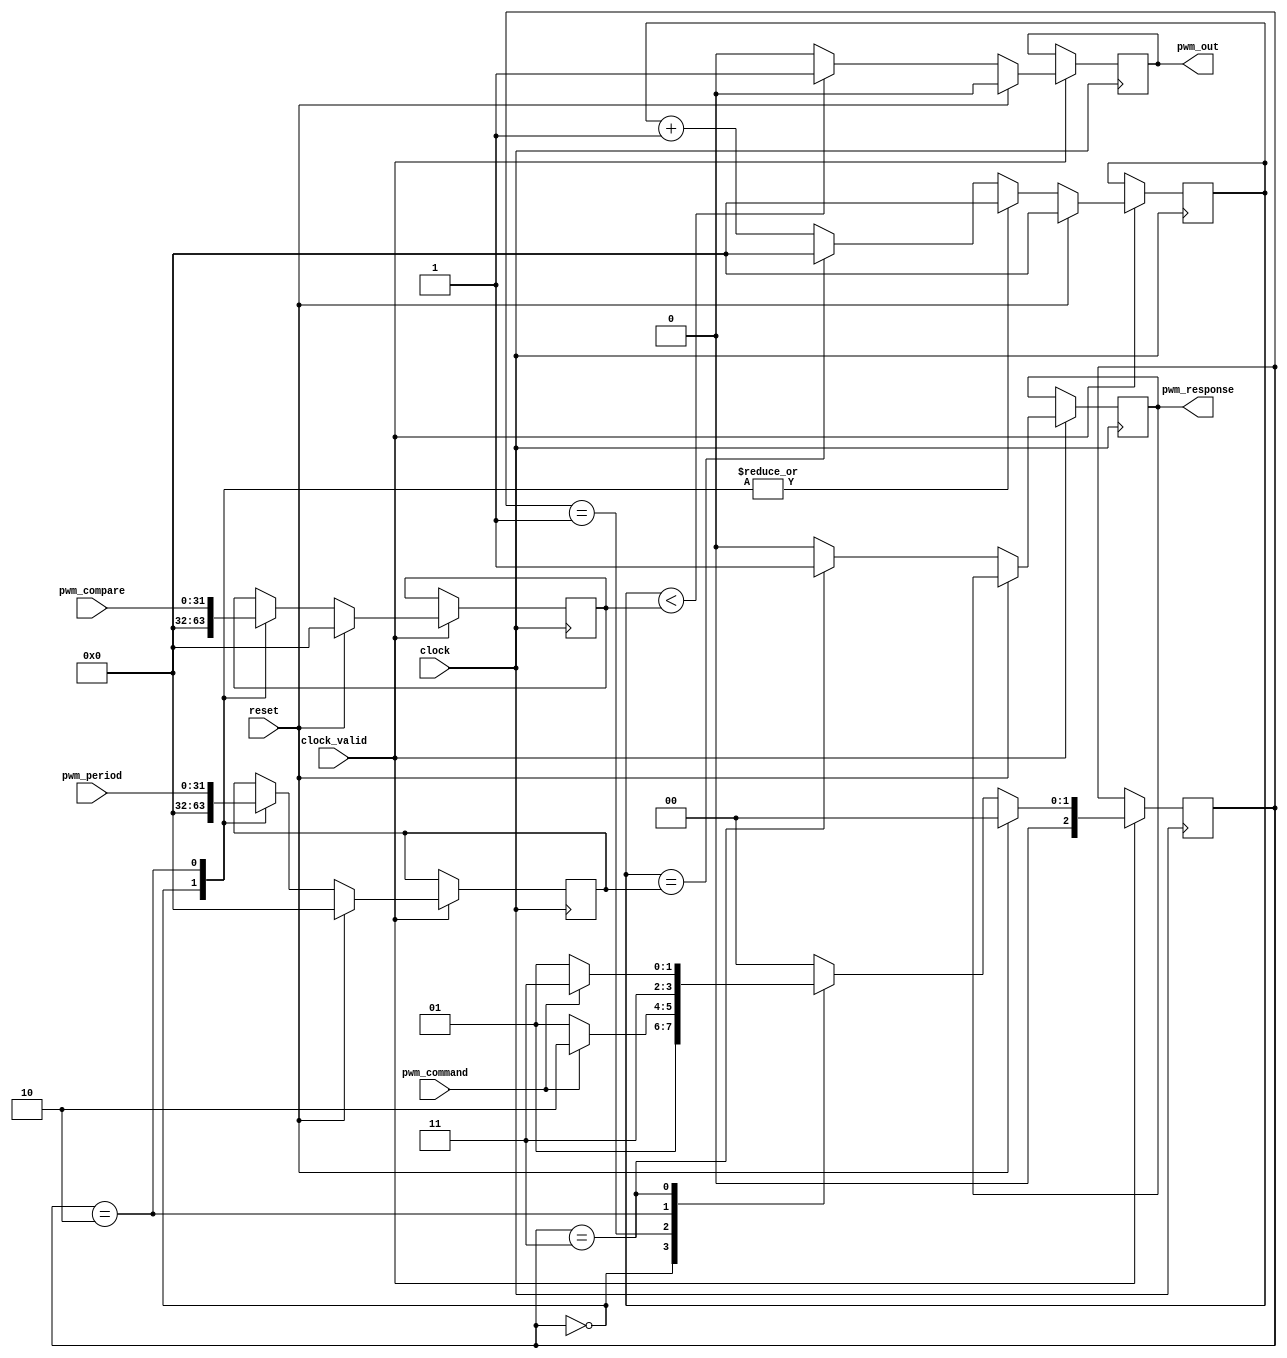
/*
 * Copyright (c) 2015, Michael Christen. All rights reserved.
 * Borrowing style & insight from P. Chen's extensive previous work.
 * This software is supplied as is without expressed or implied
 * warranties of any kind.
 */

/*
 * Controller to specify a PWM signal on the DE2-115 boards.
 * Sets a period and compare register, sets the output high until the
 * counter is greater than or equal to compare. If compare is greater than
 * period, then duty cycle will be 100%.
 * ie)
 * Period of 100 and compare of 10 would give 10% duty cycle
 * Period of 100 and compare of 70 would give 70% duty cycle
 * Period of 100 and compare of 120 would give 100% duty cycle
 */
module pwm(
	input wire clock,
	input wire clock_valid,
	input wire reset,

	//E100 Interface
	input wire pwm_command,
	output reg pwm_response,
	input wire [31:0] pwm_period,
	input wire [31:0] pwm_compare,

	//PWM Output pin
	output reg pwm_out);

	reg [2:0] state;
	reg [2:0] next_state;
	reg next_response;
	reg next_pwm_out;

	reg [31:0] period;
	reg [31:0] next_period;
	reg [31:0] compare;
	reg [31:0] next_compare;
	reg [31:0] counter;
	reg [31:0] next_counter;

	parameter state_reset    = 2'h0;
	parameter state_idle     = 2'h1;
	parameter state_write    = 2'h2;
	parameter state_response = 2'h3;

	//PWM Control, set at own clock in case want to mess with
	//TODO: may want to just put in normal clock
	always @(posedge clock) begin
		if (clock_valid == 1'b0) begin
		end else if(reset == 1'b1) begin
			counter <= 0;
			pwm_out <= 0;
			period  <= 0;
			compare <= 0;
			state <= state_reset;
		end else begin
			counter <= next_counter;
			pwm_out <= next_pwm_out;
			period  <= next_period;
			compare <= next_compare;
			pwm_response <= next_response;
			state <= next_state;
		end
	end

	//State machine to implement IO Protocol
	//& Logic for pwm_out and counter
	always @* begin
		//Update counter appropriately
		if(counter == period) begin
			//Reset when hits period
			next_counter = 32'h0;
		end else begin
			next_counter = counter + 32'h1;
		end
		//Update PWM
		if(counter < compare) begin
			//restart at 0
			next_pwm_out = 1'b1;
		end else begin
			next_pwm_out = 1'b0;
		end

		next_state = state_reset;
		next_response = 1'b0;
		next_compare  = compare;
		next_period   = period;
		case (state)

			state_reset: begin
				next_state = state_idle;
				next_counter = 32'h0;
				next_compare = 32'h0;
				next_period  = 32'h0;
			end

			state_idle: begin
				if(pwm_command == 1'b1) begin
					next_state = state_write;
				end else begin
					next_state = state_idle;
				end
			end

			state_write: begin
				next_counter = 32'h0;
				next_compare = pwm_compare;
				next_period  = pwm_period;
				next_state   = state_response; 
			end

			state_response: begin
				next_response = 1'b1;
				if(pwm_command == 1'b1) begin
					//wait for command to go low
					next_state = state_response;
				end else begin
					next_state = state_idle;
				end
			end
		endcase
	end


endmodule